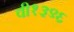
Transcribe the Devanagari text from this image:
वी१३९६